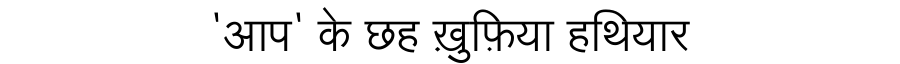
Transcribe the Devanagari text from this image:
'आप' के छह ख़ुफ़िया हथियार